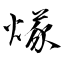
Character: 煫